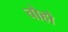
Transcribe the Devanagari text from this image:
चोहो